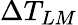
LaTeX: \Delta T_{LM}